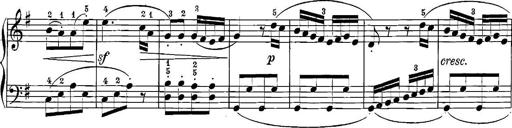
Title: 12 Sonatinas
Composer: Ignaz Pleyel